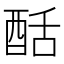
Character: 䣶